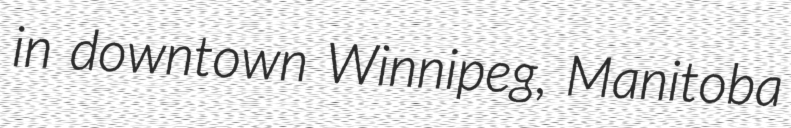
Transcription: in downtown Winnipeg, Manitoba